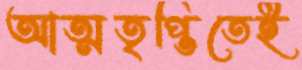
আত্মতৃপ্তিতেই